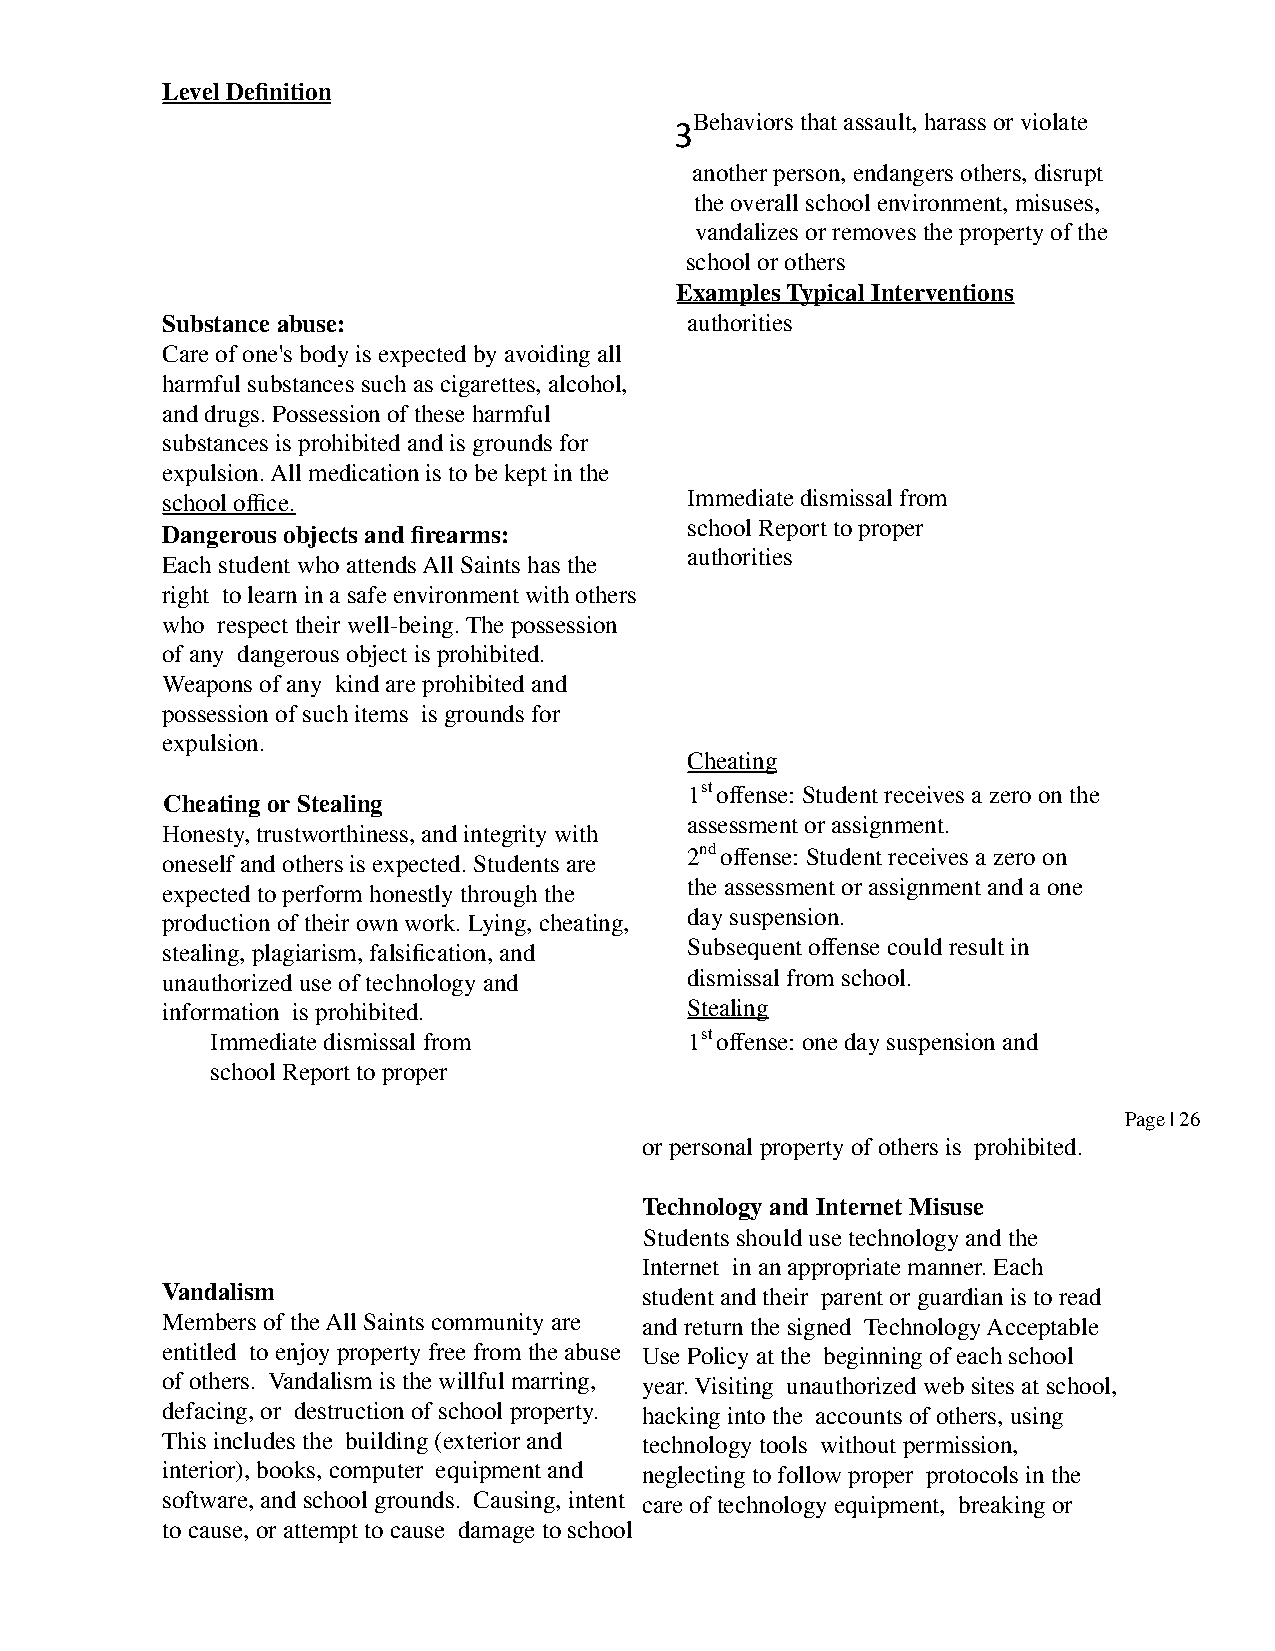
Level Definition
 3Behaviors that assault, harass or violate
 another person, endangers others, disrupt
 the overall school environment, misuses,
 vandalizes or removes the property of the
 school or others
 Examples Typical Interventions
 Substance abuse:                  authorities
 Care of one's body is expected by avoiding all
 harmful substances such as cigarettes, alcohol,
 and drugs. Possession of these harmful
 substances is prohibited and is grounds for
 expulsion. All medication is to be kept in the
 school office.                    Immediate dismissal from
 school Report to proper
 Dangerous objects and firearms:
 authorities
 Each student who attends All Saints has the
 right to learn in a safe environment with others
 who respect their well-being. The possession
 of any dangerous object is prohibited.
 Weapons of any kind are prohibited and
 possession of such items is grounds for
 expulsion.
 Cheating
 1stoffense: Student receives a zero on the
 Cheating or Stealing
 assessment or assignment.
 Honesty, trustworthiness, and integrity with
 2ndoffense: Student receives a zero on
 oneself and others is expected. Students are
 expected to perform honestly through the the assessment or assignment and a one
 production of their own work. Lying, cheating, day suspension.
 stealing, plagiarism, falsification, and Subsequent offense could result in
 unauthorized use of technology and dismissal from school.
 information is prohibited.        Stealing
 Immediate dismissal from        1stoffense: one day suspension and
 school Report to proper
 Page | 26
 or personal property of others is prohibited.
 Technology and Internet Misuse
 Students should use technology and the
 Internet in an appropriate manner. Each
 Vandalism                      student and their parent or guardian is to read
 Members of the All Saints community are and return the signed Technology Acceptable
 entitled to enjoy property free from the abuse Use Policy at the beginning of each school
 of others. Vandalism is the willful marring, year. Visiting unauthorized web sites at school,
 defacing, or destruction of school property. hacking into the accounts of others, using
 This includes the building (exterior and technology tools without permission,
 interior), books, computer equipment and neglecting to follow proper protocols in the
 software, and school grounds. Causing, intent care of technology equipment, breaking or
 to cause, or attempt to cause damage to school